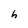
Character: h